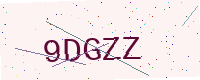
Text: 9DGZZ